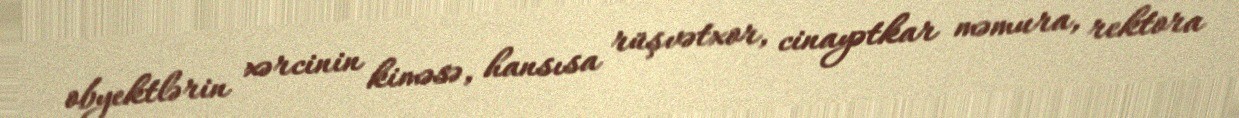
obyektlərin xərcinin kiməsə, hansısa rüşvətxor, cinayətkar məmura, rektora